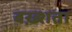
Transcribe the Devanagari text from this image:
बख़्शता